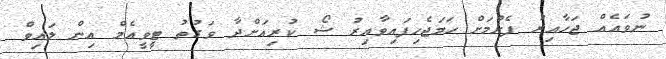
ނުވައެއް ޖަހާއިރު ފެށުމަށް ހަމަޖެހިފައިވާއިރު ޝޯ ކުރިއަށްދާ ވަގުތު ޓީވީއެމް އިން ލައިވް